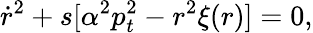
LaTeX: \dot{r}^{2}+s[\alpha^{2}p_{t}^{2}-r^{2}\xi(r)]=0,